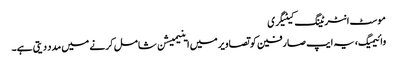
موسٹ انٹرٹینگ کیٹیگری
وائیمیگ، یہ ایپ صارفین کو تصاویر میں اینیمیشن شامل کرنے میں مدد دیتی ہے۔